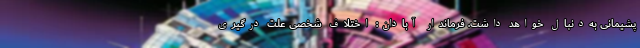
پشیمانی به‌دنبال خواهد داشت. فرماندار آبادان: اختلاف شخصی علت درگیری